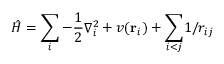
\hat { H } = \sum _ { i } - \frac { 1 } { 2 } \nabla _ { i } ^ { 2 } + v ( { \mathbf { r } _ { i } ) + \sum _ { i < j } } 1 / r _ { i j }